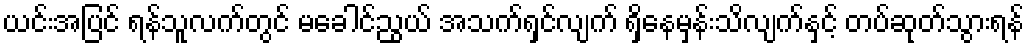
ယင်းအပြင် ရန်သူလက်တွင် မခေါင်ညွယ် အသက်ရှင်လျက် ရှိနေမှန်းသိလျက်နှင့် တပ်ဆုတ်သွားရန်